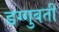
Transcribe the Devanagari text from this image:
डग्गुबती